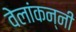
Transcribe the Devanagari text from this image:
वेलांकन्नी